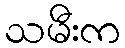
သမီးက